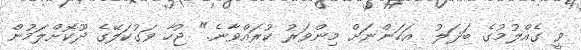
ވީ ގެއްލުމުގެ ބަދަލު  އަހަންނަށް މިންވަރު ކުރައްވާނެ." ޖުހާ ވަގުކަލޭގެ ދޫކޮށްލަމުން